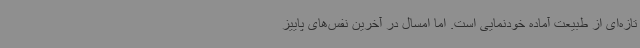
تازه‌ای از طبیعت آماده خودنمایی است. اما امسال در آخرین نفس‌های پاییز